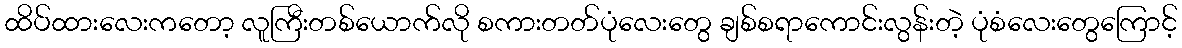
ထိပ်ထားလေးကတော့ လူကြီးတစ်ယောက်လို စကားတတ်ပုံလေးတွေ ချစ်စရာကောင်းလွန်းတဲ့ ပုံစံလေးတွေကြောင့်